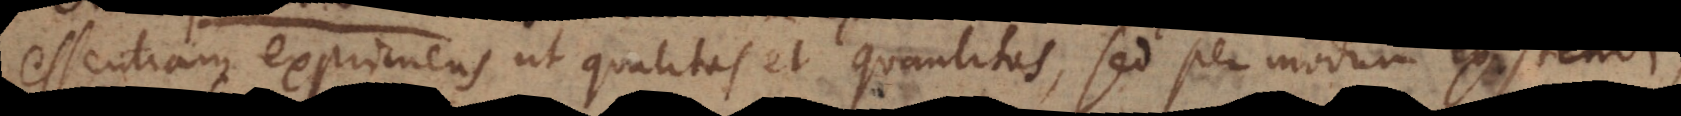
essentiam exprimens ut qualitas et quantitas, sed per modum existendi,